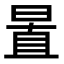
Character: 𣇣